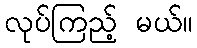
လုပ်ကြည့် မယ်။